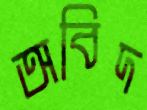
অবিদ